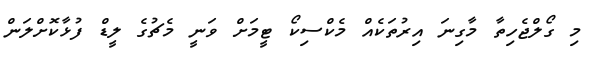
މި ގޯލްޖެހިތާ މާގިނަ އިރުތަކެއް މެކްސިކޯ ޓީމަށް ވަނީ މެޗުގެ ލީޑް ފުޅާކޮށްލަން